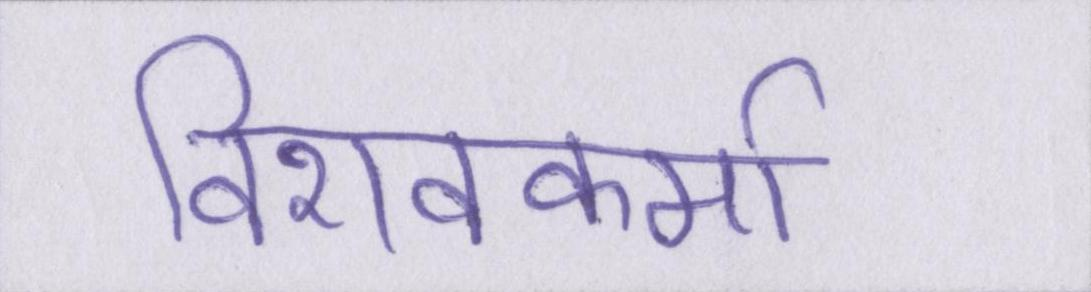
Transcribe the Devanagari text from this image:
विशवकर्मा